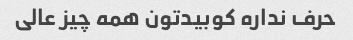
حرف نداره کوبیدتون همه چیز عالی